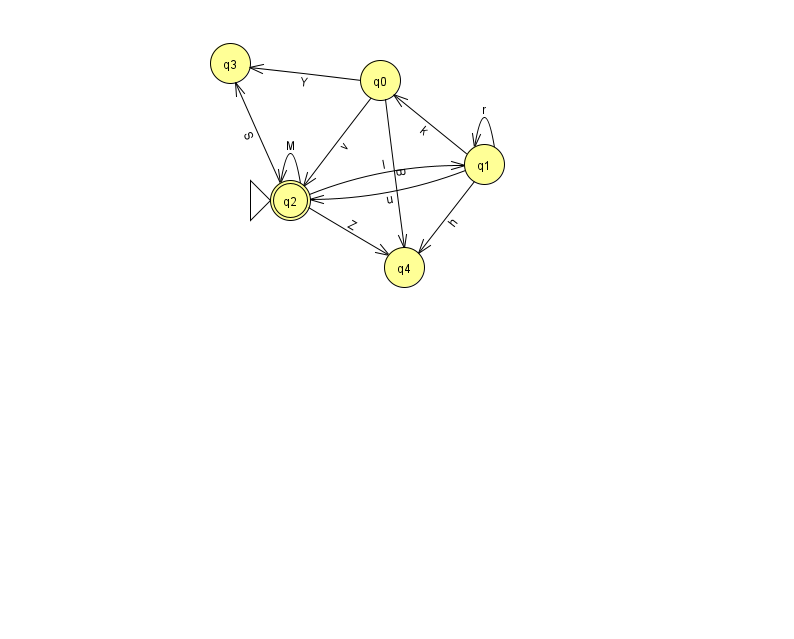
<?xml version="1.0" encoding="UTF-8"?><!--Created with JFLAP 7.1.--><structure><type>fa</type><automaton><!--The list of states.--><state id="0" name="q0"><x>380.0</x><y>67.0</y></state><state id="1" name="q1"><x>484.0</x><y>151.0</y></state><state id="2" name="q2"><x>290.0</x><y>187.0</y><initial/><final/></state><state id="3" name="q3"><x>230.0</x><y>50.0</y></state><state id="4" name="q4"><x>404.0</x><y>254.0</y></state><!--The list of transitions.--><transition><from>1</from><to>2</to><read>u</read></transition><transition><from>1</from><to>1</to><read>r</read></transition><transition><from>1</from><to>4</to><read>h</read></transition><transition><from>0</from><to>4</to><read>B</read></transition><transition><from>2</from><to>4</to><read>Z</read></transition><transition><from>1</from><to>0</to><read>k</read></transition><transition><from>0</from><to>3</to><read>Y</read></transition><transition><from>2</from><to>3</to><read>S</read></transition><transition><from>2</from><to>1</to><read>I</read></transition><transition><from>2</from><to>2</to><read>M</read></transition><transition><from>0</from><to>2</to><read>v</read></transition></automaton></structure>